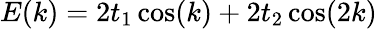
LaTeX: E(k)=2t_{1}\cos(k)+2t_{2}\cos(2k)